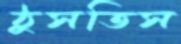
ঠুসতিস